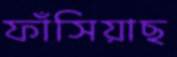
ফাঁসিয়াছ